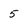
Character: 5